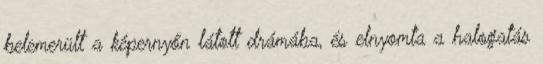
belemerült a képernyőn látott drámába, és elnyomta a halogatás